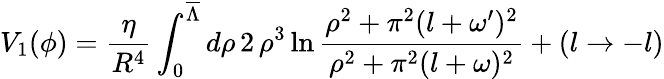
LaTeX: V_{1}(\phi)=\frac{\eta}{R^{4}}\int_{0}^{\overline{{\Lambda}}}{d\rho}\, 2\, \rho^{3}\ln\frac{\rho^{2}+\pi^{2}(l+\omega^{\prime})^{2}}{\rho^{2}+\pi^{2}(l+\omega)^{2}}+(l\rightarrow-l)